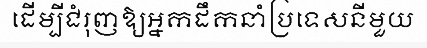
ដើម្បីជំរុញឱ្យអ្នកដឹកនាំប្រទេសនីមួយ